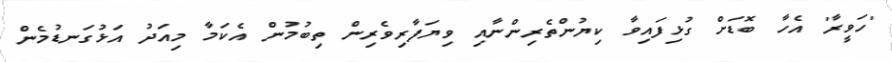
'ހަވީރާ' އެހާ ބޮޑަށް ގުޅިފައިވާ ކިޔުންތެރިންނާއި ވިޔަފާރިވެރިން ތިބުމުން އެކަމާ މިއަދު އަޅުގަނޑުމެން